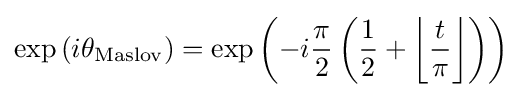
\exp \left(i\theta _{\rm {Maslov}}\right)=\exp \left(-i{\frac {\pi }{2}}\left({\frac {1}{2}}+\left\lfloor {\frac {t}{\pi }}\right\rfloor \right)\right)